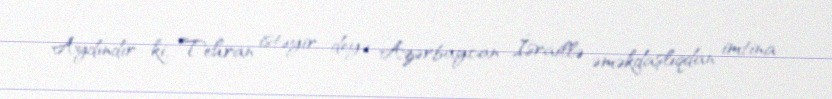
Aydındır ki, Tehran istəyir deyə Azərbaycan İsraillə əməkdaşlıqdan imtina